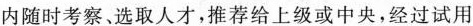
内随时考察、选取人才，推荐给上级或中央，经过试用